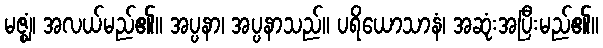
မဇ္ဈံ၊ အလယ်မည်၏။ အပ္ပနာ၊ အပ္ပနာသည်။ ပရိယောသာနံ၊ အဆုံးအပြီးမည်၏။